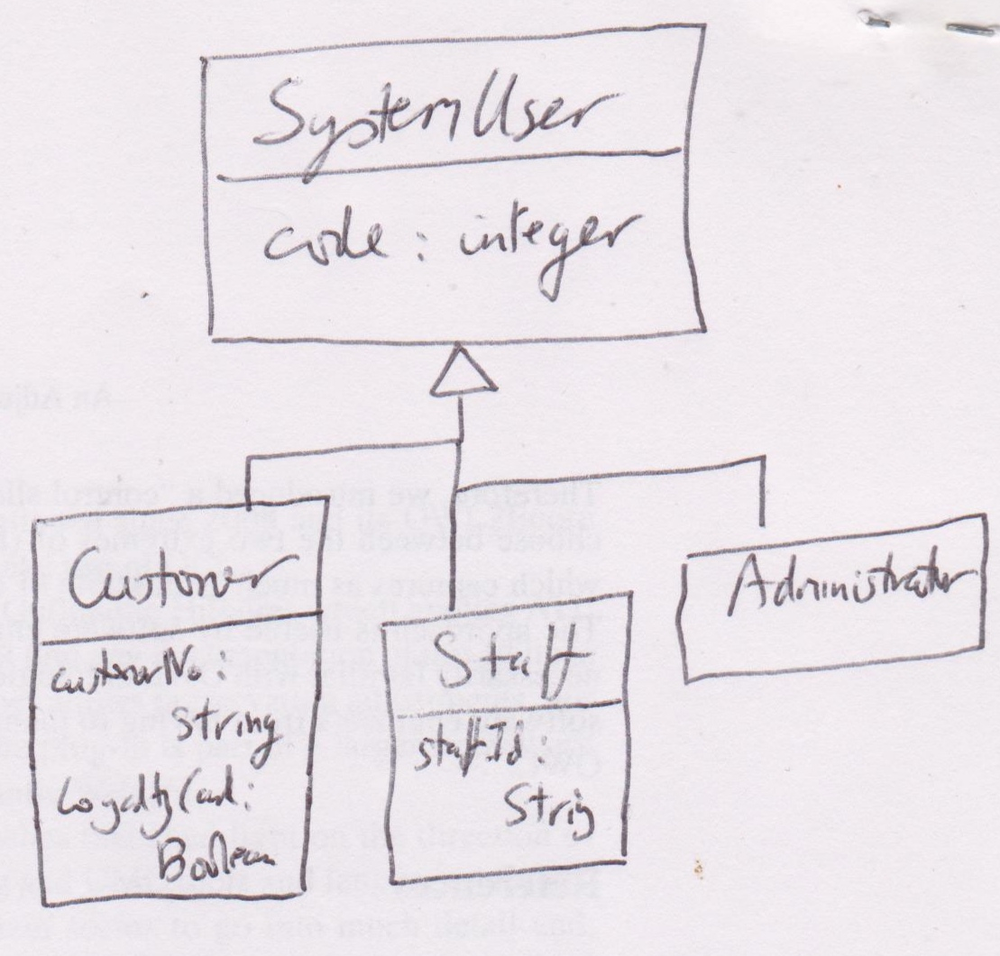
Diagram type: class_diagram
```plantuml
@startuml

class SystemUser {
  code : integer
}

class Customer extends SystemUser {
  customerNo: String
  loyaltyCard: Boolean
}

class Staff extends SystemUser {
  staffId: String
}

class Administrator extends SystemUser

@enduml
```